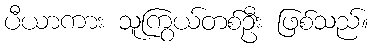
ပီယာကား သူကြွယ်တစ်ဦး ဖြစ်သည်။